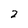
Character: 2